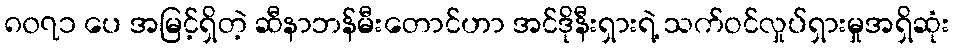
၈၀၇၁ ပေ အမြင့်ရှိတဲ့ ဆီနာဘန်မီးတောင်ဟာ အင်ဒိုနီးရှားရဲ့ သက်ဝင်လှုပ်ရှားမှုအရှိဆုံး